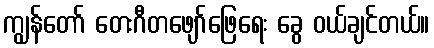
ကျွန်တော် တေးဂီတဖျော်ဖြေရေး ခွေ ဝယ်ချင်တယ်။